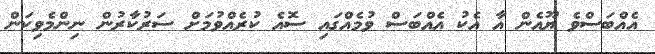
އެއްބަސްވެ ޔޫއެން އާ އެކު އެއްބަސް ވުމެއްގައި ސޮއެ ކުރެއްވުމަށް ސަރުކާރުން ނިންމެވިކަން